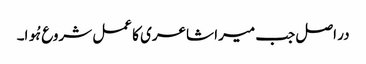
در اصل جب میرا شاعری کا عمل شروع ہُوا۔